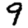
Digit: 9